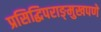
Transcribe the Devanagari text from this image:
प्रसिद्धिपराङ्‌मुखपणे